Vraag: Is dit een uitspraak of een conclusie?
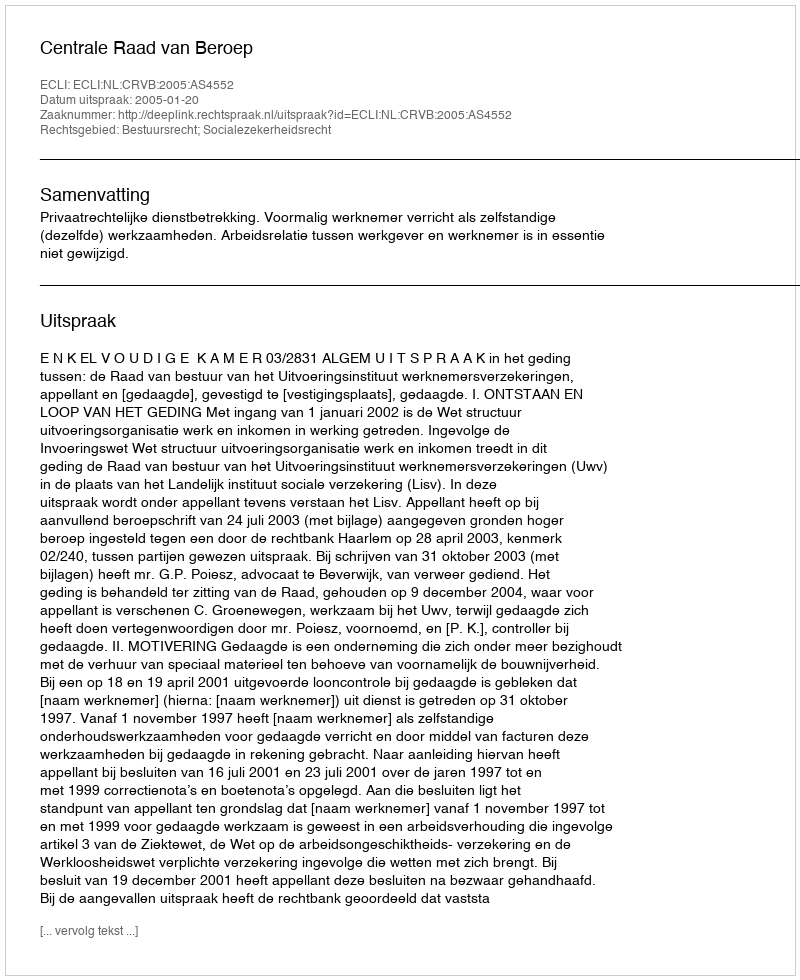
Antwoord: Uitspraak